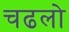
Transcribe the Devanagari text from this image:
चढलो